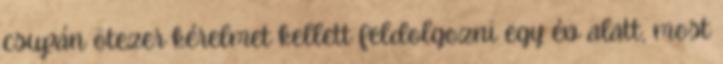
csupán ötezer kérelmet kellett feldolgozni egy év alatt, most